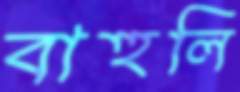
বাহুলি